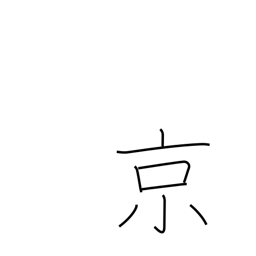
Meaning: 10**16